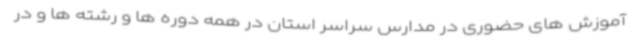
آموزش های حضوری در مدارس سراسر استان در همه دوره ها و رشته ها و در